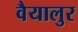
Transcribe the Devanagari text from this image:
वैयालुर